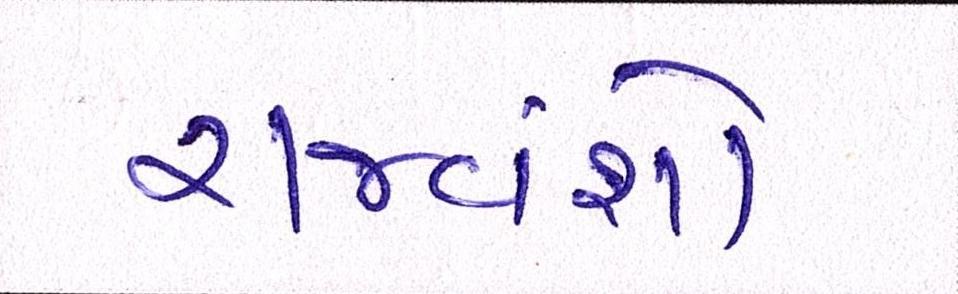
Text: રાજવંશો